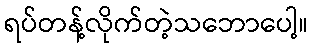
ရပ်တန့်လိုက်တဲ့သဘောပေါ့။